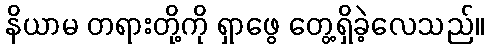
နိယာမ တရားတို့ကို ရှာဖွေ တွေ့ရှိခဲ့လေသည်။